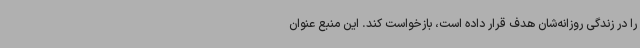
را در زندگی روزانه‌شان هدف قرار داده است، بازخواست کند. این منبع عنوان